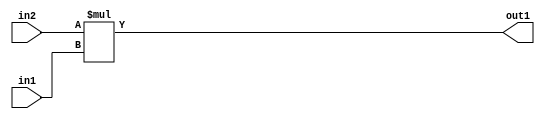
`timescale 1ps / 1ps
/*****************************************************************************
    Verilog RTL Description
    
    
    Created by: Stratus DpOpt 2019.1.01 
*******************************************************************************/

module GaussianFilter_Mul_32Sx8U_32S_1 (
	in2,
	in1,
	out1
	); /* architecture "behavioural" */ 
input [31:0] in2;
input [7:0] in1;
output [31:0] out1;
wire [31:0] asc001;

assign asc001 = 
	+(in2 * in1);

assign out1 = asc001;
endmodule

/* CADENCE  ubH0SQw= : u9/ySgnWtBlWxVPRXgAZ4Og= ** DO NOT EDIT THIS LINE ******/